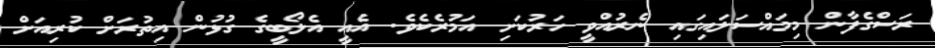
ރަސްގެފާން މިމައްސަލައިގައި ނެރުއްވީ ހަރުކަށި އަމުރެކެވެ. އެއީ އެލޯބީގެ ގުޅުން އިތުރަށް ކުރިއަށް